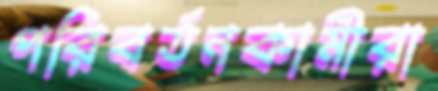
পরিবর্তনকামীরা